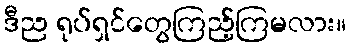
ဒီည ရုပ်ရှင်တွေကြည့်ကြမလား။